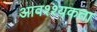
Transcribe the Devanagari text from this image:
आवश्श्यकता